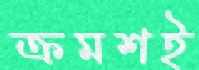
ক্রমশই